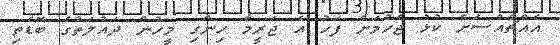
އެއްޗެއްސަށް ކުޅު ޖެހުމަށް ފަހު އެ ޖަރީމާ ހިންގި މީހުން ދައުލަތުގެ ބޮޑެތި